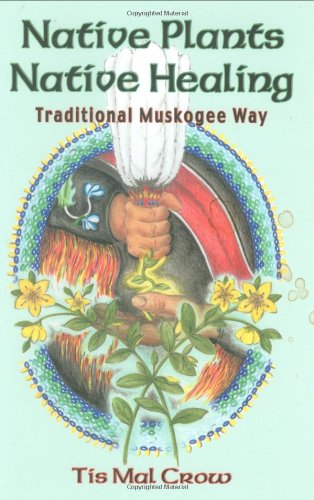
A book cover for Native Plants, Native Healing: Traditional Muskagee Way; Tis Mal Crow; Cookbooks, Food & Wine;